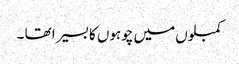
کمبلوں میں چوہوں کا بسیرا تھا ۔